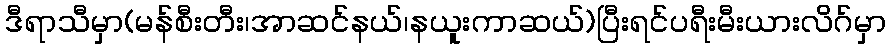
ဒီရာသီမှာ(မန်စီးတီး၊အာဆင်နယ်၊နယူးကာဆယ်)ပြီးရင်ပရီးမီးယားလိဂ်မှာ